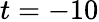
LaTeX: t=-10